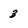
Character: 3